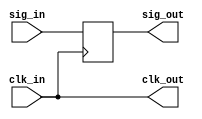
// Input 2 MHz clock and 1 MHz sqaure wave signal. Phase shift the
// 1 MHz signal to force metastability.
//
// Connections
//  Signal  | IceStick      | AnalogDiscovery 2 | Oscilloscope  
// ---------|---------------|-------------------|---------------
//  VCC     | 3.3V          | vary 0.7 to 3.3V  |
//  GND     | GND           | GND               | ground clips
//  clk_in  | 87            | W1                |
//  sig_in  | 88            | W2                | ch. 1
//  clk_out | 90            |                   | ch. 2
//  sig_out | 91            |                   | ch. 3    
//
// License: 0BSD

// Sample input waveform and register it
module metastability_test (

    // Inputs
    input               clk_in,
    input               sig_in,    
    
    // Outputs
    output              clk_out,
    output  reg         sig_out = 0
);
    
    // Internal storage elements
    reg     div_sig;
    reg     pipe_0;
    
    // Pass input clock to output pin
    assign clk_out = clk_in;

    // Register input signal
    always @ (posedge clk_in) begin
        sig_out <= sig_in;
        //pipe_0 <= sig_in;
        //sig_out <= pipe_0;
    end
    
endmodule